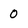
Character: 0